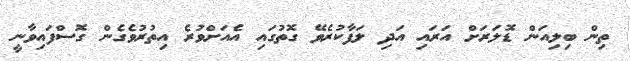
ތިން ބިލިއަން ޑޮލަރަށް އަރައި އަދި ލަފާކުރެވޭ ގޮތުގައި އެއަށްވުރެ އިތުރުވެގެން ގޮސްފައިވާނީ